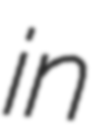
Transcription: in